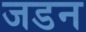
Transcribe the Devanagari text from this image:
जडन